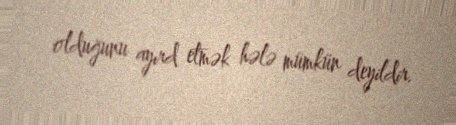
olduğunu ayırd etmək hələ mümkün deyildir.